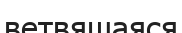
ветвящаяся